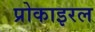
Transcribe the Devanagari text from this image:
प्रोकाइरल